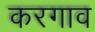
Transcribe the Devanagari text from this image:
करगाव